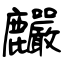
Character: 麣